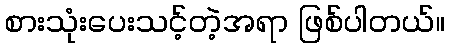
စားသုံးပေးသင့်တဲ့အရာ ဖြစ်ပါတယ်။